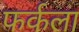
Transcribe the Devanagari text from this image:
फर्कला